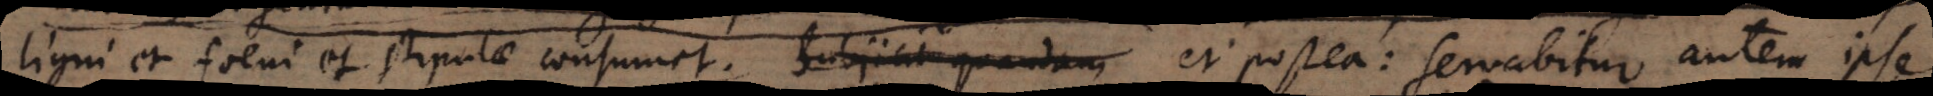
ligni et foeni et stipulae consumet, et postea: servabitur autem ipse